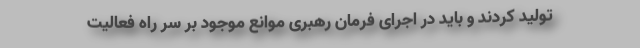
تولید کردند و باید در اجرای فرمان رهبری موانع موجود بر سر راه فعالیت